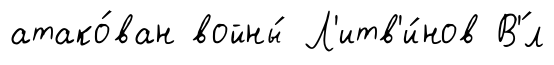
атако́ван войны́ Л'итв'и́нов В'́л